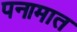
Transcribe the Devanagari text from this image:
पनामात